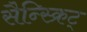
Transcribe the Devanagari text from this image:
सैन्स्क्रिट्